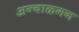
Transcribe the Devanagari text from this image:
अन्बाळगन